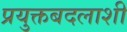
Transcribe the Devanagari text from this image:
प्रयुक्तबदलाशी